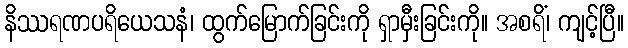
နိဿရဏပရိယေသနံ၊ ထွက်မြောက်ခြင်းကို ရှာမှီးခြင်းကို။ အစရိံ၊ ကျင့်ပြီ။